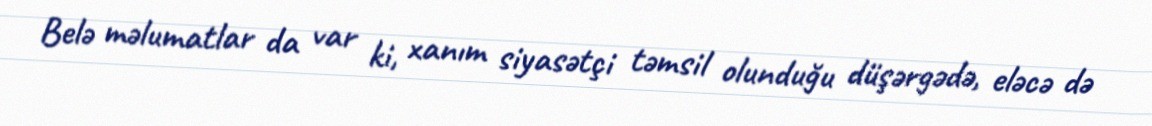
Belə məlumatlar da var ki, xanım siyasətçi təmsil olunduğu düşərgədə, eləcə də